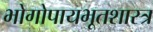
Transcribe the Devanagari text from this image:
भोगोपायभूतशास्त्र